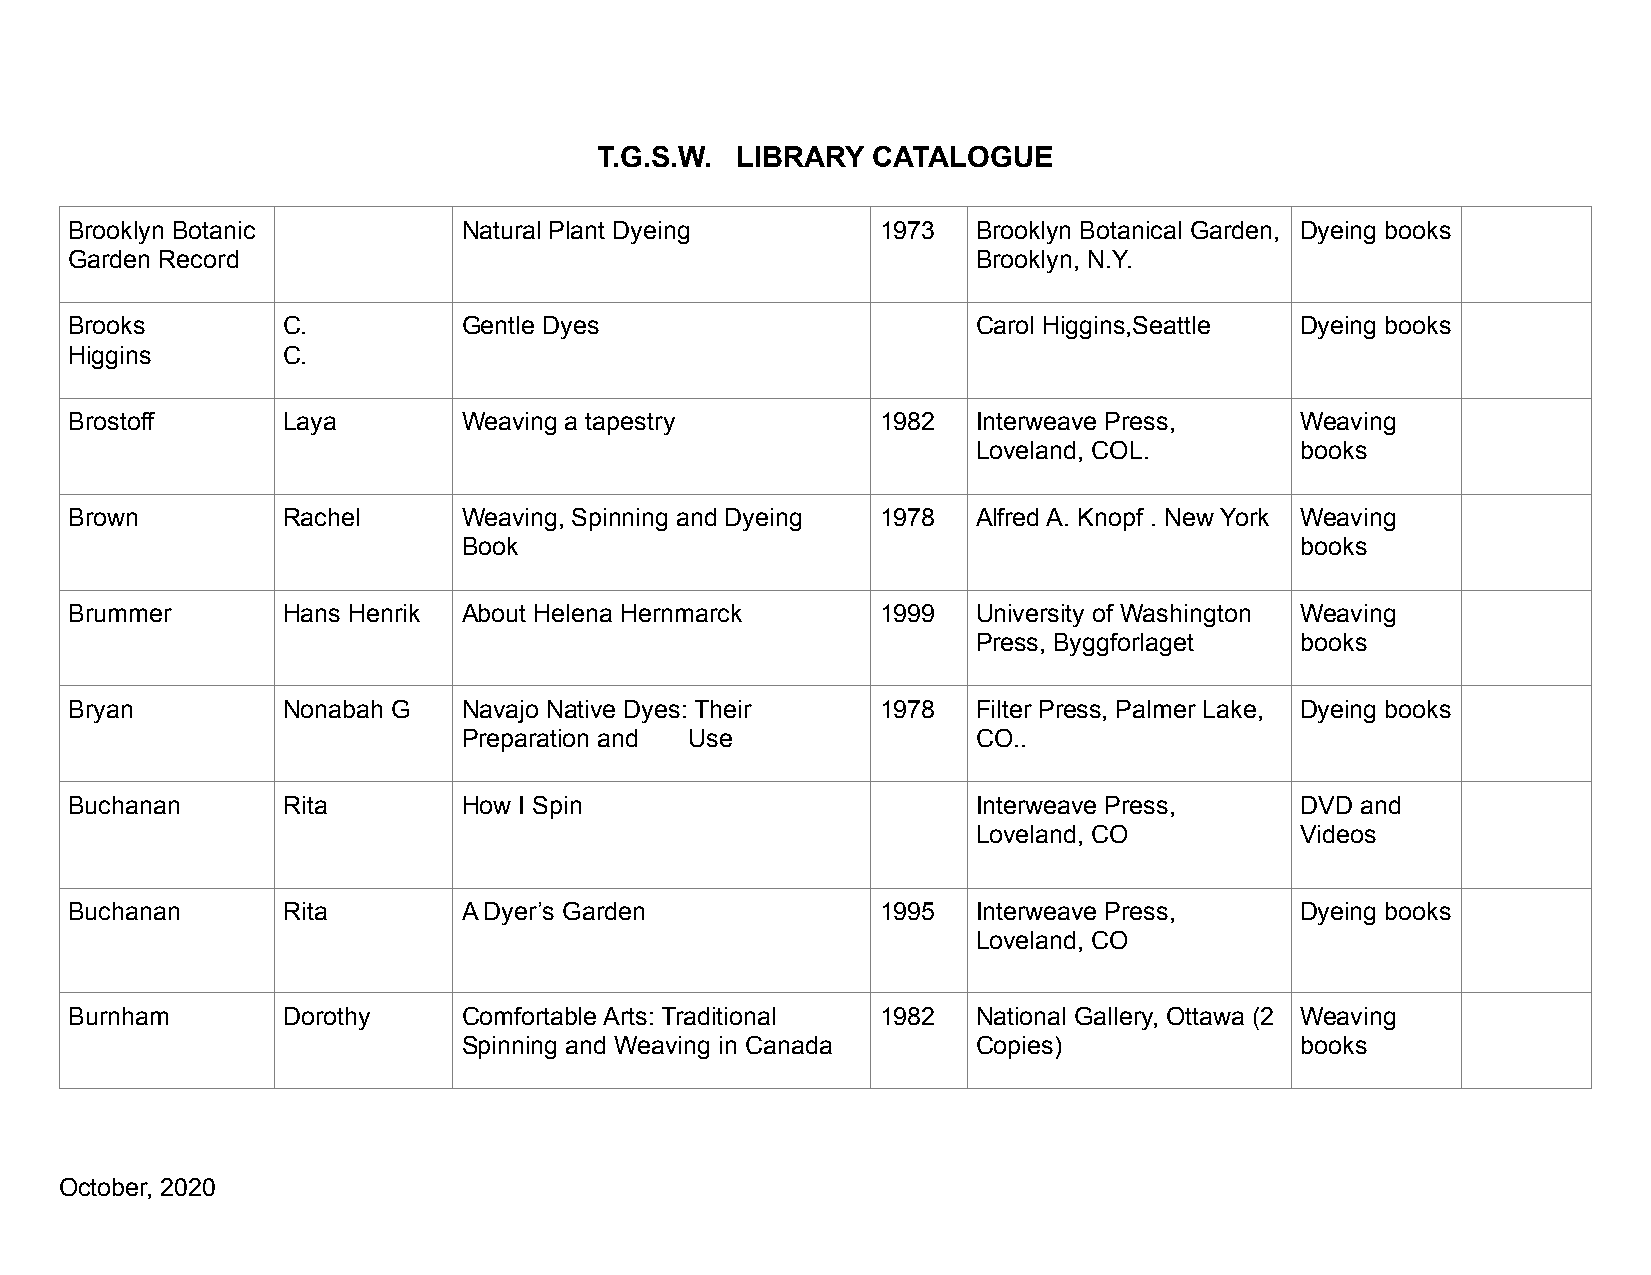
T.G.S.W. LIBRARY  CATALOGUE
 Brooklyn Botanic          Natural Plant Dyeing       1973   Brooklyn Botanical Garden, Dyeing books
 Garden Record                                               Brooklyn, N.Y.
 Brooks        C.          Gentle Dyes                       Carol Higgins,Seattle Dyeing books
 Higgins       C.
 Brostoff      Laya        Weaving a tapestry         1982   Interweave Press,    Weaving
 Loveland, COL.       books
 Brown         Rachel      Weaving, Spinning and Dyeing 1978 Alfred A. Knopf . New York Weaving
 Book                                                   books
 Brummer       Hans Henrik About Helena Hernmarck     1999   University of Washington Weaving
 Press, Byggforlaget  books
 Bryan         Nonabah G   Navajo Native Dyes: Their  1978   Filter Press, Palmer Lake, Dyeing books
 Preparation and Use               CO..
 Buchanan      Rita        How I Spin                        Interweave Press,    DVD and
 Loveland, CO         Videos
 Buchanan      Rita        A Dyer’s Garden            1995   Interweave Press,    Dyeing books
 Loveland, CO
 Burnham       Dorothy     Comfortable Arts: Traditional 1982 National Gallery, Ottawa (2 Weaving
 Spinning and Weaving in Canada    Copies)              books
 October, 2020